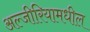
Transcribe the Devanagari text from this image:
अल्जीरियामधील